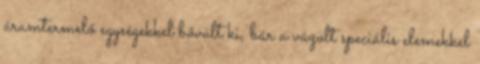
áramtermelő egységekkel bővült ki, bár a vázolt speciális elemekkel